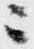
ニ